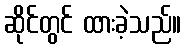
ဆိုင်တွင် ထားခဲ့သည်။